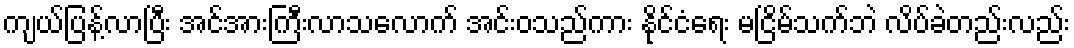
ကျယ်ပြန့်လာပြီး အင်အားကြီးလာသလောက် အင်းဝသည်ကား နိုင်ငံရေး မငြိမ်သက်ဘဲ လိပ်ခဲတည်းလည်း